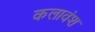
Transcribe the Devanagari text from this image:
कलावंश